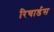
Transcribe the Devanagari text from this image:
रिचार्डस